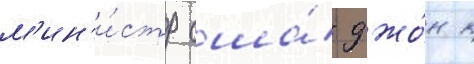
м'ин'и́стр сша́ джо́н к